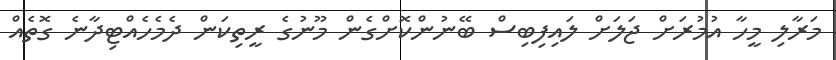
މަރާލި މީހާ އުމުރަށް ޖަލަށް ލައިފިބިސް ބޭނުންކޮށްގެން މޫނުގެ ރީތިކަން ދެމެހެއްޓިދާނެ ގޮތެއް